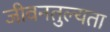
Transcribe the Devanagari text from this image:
जीवनतुल्यता